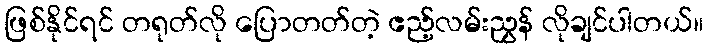
ဖြစ်နိုင်ရင် တရုတ်လို ပြောတတ်တဲ့ ဧည့်လမ်းညွှန် လိုချင်ပါတယ်။